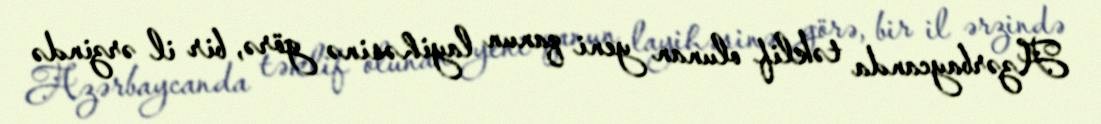
Azərbaycanda təklif olunan yeni qanun layihəsinə görə, bir il ərzində